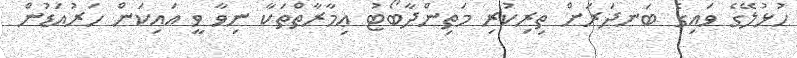
ހުޅުލޭގެ ވައިގެ ބަނދަރަށް ތިރިކުރި މަތިންދާބޯޓު ޢިމާރާތްތަކާ ނިވާ ވީ އައިކަން ހަރުއަޑުން